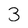
Character: 3